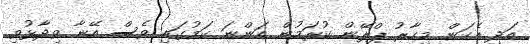
އަދި އެކަން މިހާރު ޕްލޭން ކުރަމުން އަންނަ ކަމުގައި ވެސް އޭނާ ވިދާޅުވި